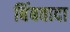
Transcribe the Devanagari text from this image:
बिंबवादा